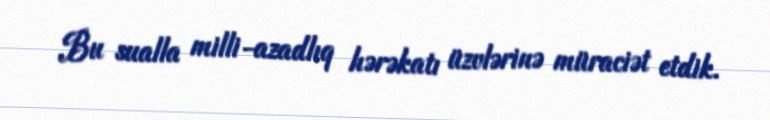
Bu sualla milli-azadlıq hərəkatı üzvlərinə müraciət etdik.